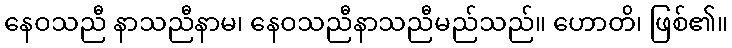
နေဝသညီ နာသညီနာမ၊ နေဝသညီနာသညီမည်သည်။ ဟောတိ၊ ဖြစ်၏။